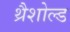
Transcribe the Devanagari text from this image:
थ्रैशोल्ड